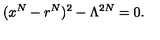
( x ^ { N } - r ^ { N } ) ^ { 2 } - \Lambda ^ { 2 N } = 0 .